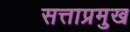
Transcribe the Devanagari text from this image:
सत्ताप्रमुख